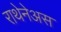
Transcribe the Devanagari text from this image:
राथेनेअस